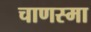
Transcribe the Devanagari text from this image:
चाणस्मा